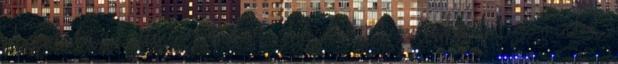
A gyakorlat sikerélményt biztosít. A gyakorlat kézzelfoghatóvá teszi mindazt,